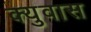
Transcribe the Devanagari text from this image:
क्युवास